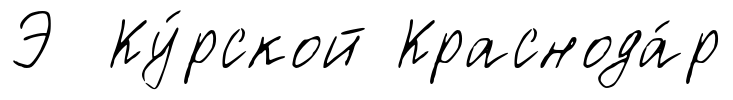
Э Ку́рской Краснода́р